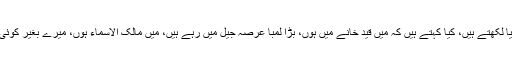
بہاء اللہ کیا لکھتے ہیں، کیا کہتے ہیں کہ مَیں قید خانے میں ہوں، بڑا لمبا عرصہ جیل میں رہے ہیں، مَیں مالک الاسماء ہوں، میرے بغیر کوئی خدا نہیں۔